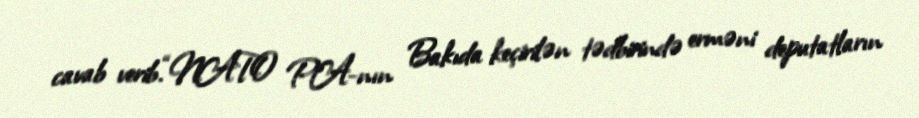
cavab verib.“NATO PA-nın Bakıda keçirilən tədbirində erməni deputatların